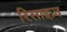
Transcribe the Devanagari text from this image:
रिसाइज़